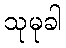
သုမုခါ